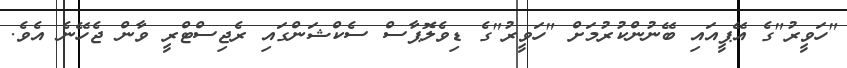
"ހަވީރު"ގެ އޭޕީއައި ބޭނުންކުރުމަށް "ހަވީރު"ގެ ޑިވެލޮޕާސް ސެކްޝަންގައި ރެޖިސްޓްރީ ވާން ޖެހޭނެ އެވެ.